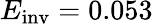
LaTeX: E_{\mathrm{inv}}=0.053